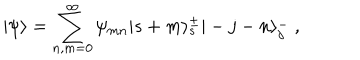
LaTeX: | \psi \rangle = \sum _ { n , m = 0 } ^ { \infty } \psi _ { m n } | s + m \rangle _ { s } ^ { \pm } | - j - n \rangle _ { j } ^ { - } ~ , \nonumber